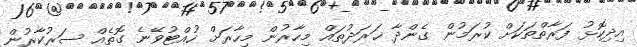
އިދިކޮޅު ފަރާތްތަކަށް ކުރަމުން ގެންދާ ޚަރަދުތައް މިހާރުން މިހާރަށް ހުއްޓުވޭނެ ގޮތެއް ސަރުކާރުން